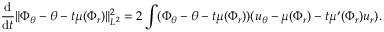
\frac { \mathrm { d } } { \mathrm { d } t } \| \Phi _ { \theta } - \theta - t \mu ( \Phi _ { r } ) \| _ { L ^ { 2 } } ^ { 2 } = 2 \int ( \Phi _ { \theta } - \theta - t \mu ( \Phi _ { r } ) ) ( u _ { \theta } - \mu ( \Phi _ { r } ) - t \mu ^ { \prime } ( \Phi _ { r } ) u _ { r } ) .